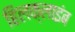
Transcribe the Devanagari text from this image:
हिलक्‍लाइंब